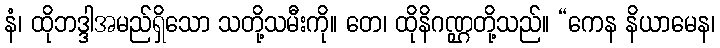
နံ၊ ထိုဘဒ္ဒါအမည်ရှိသော သတို့သမီးကို။ တေ၊ ထိုနိဂဏ္ဌတို့သည်။ “ကေန နိယာမေန၊